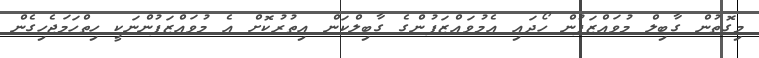
މިގޮތުން ގާބިލް މުވައްޒަފުން ހޯދައި އެމުވައްޒަފުންގެ ގާބިލްކަން އިތުރުކޮށް އެ މުވައްޒަފުންނަކީ ހިތްހަމަޖެހިގެން